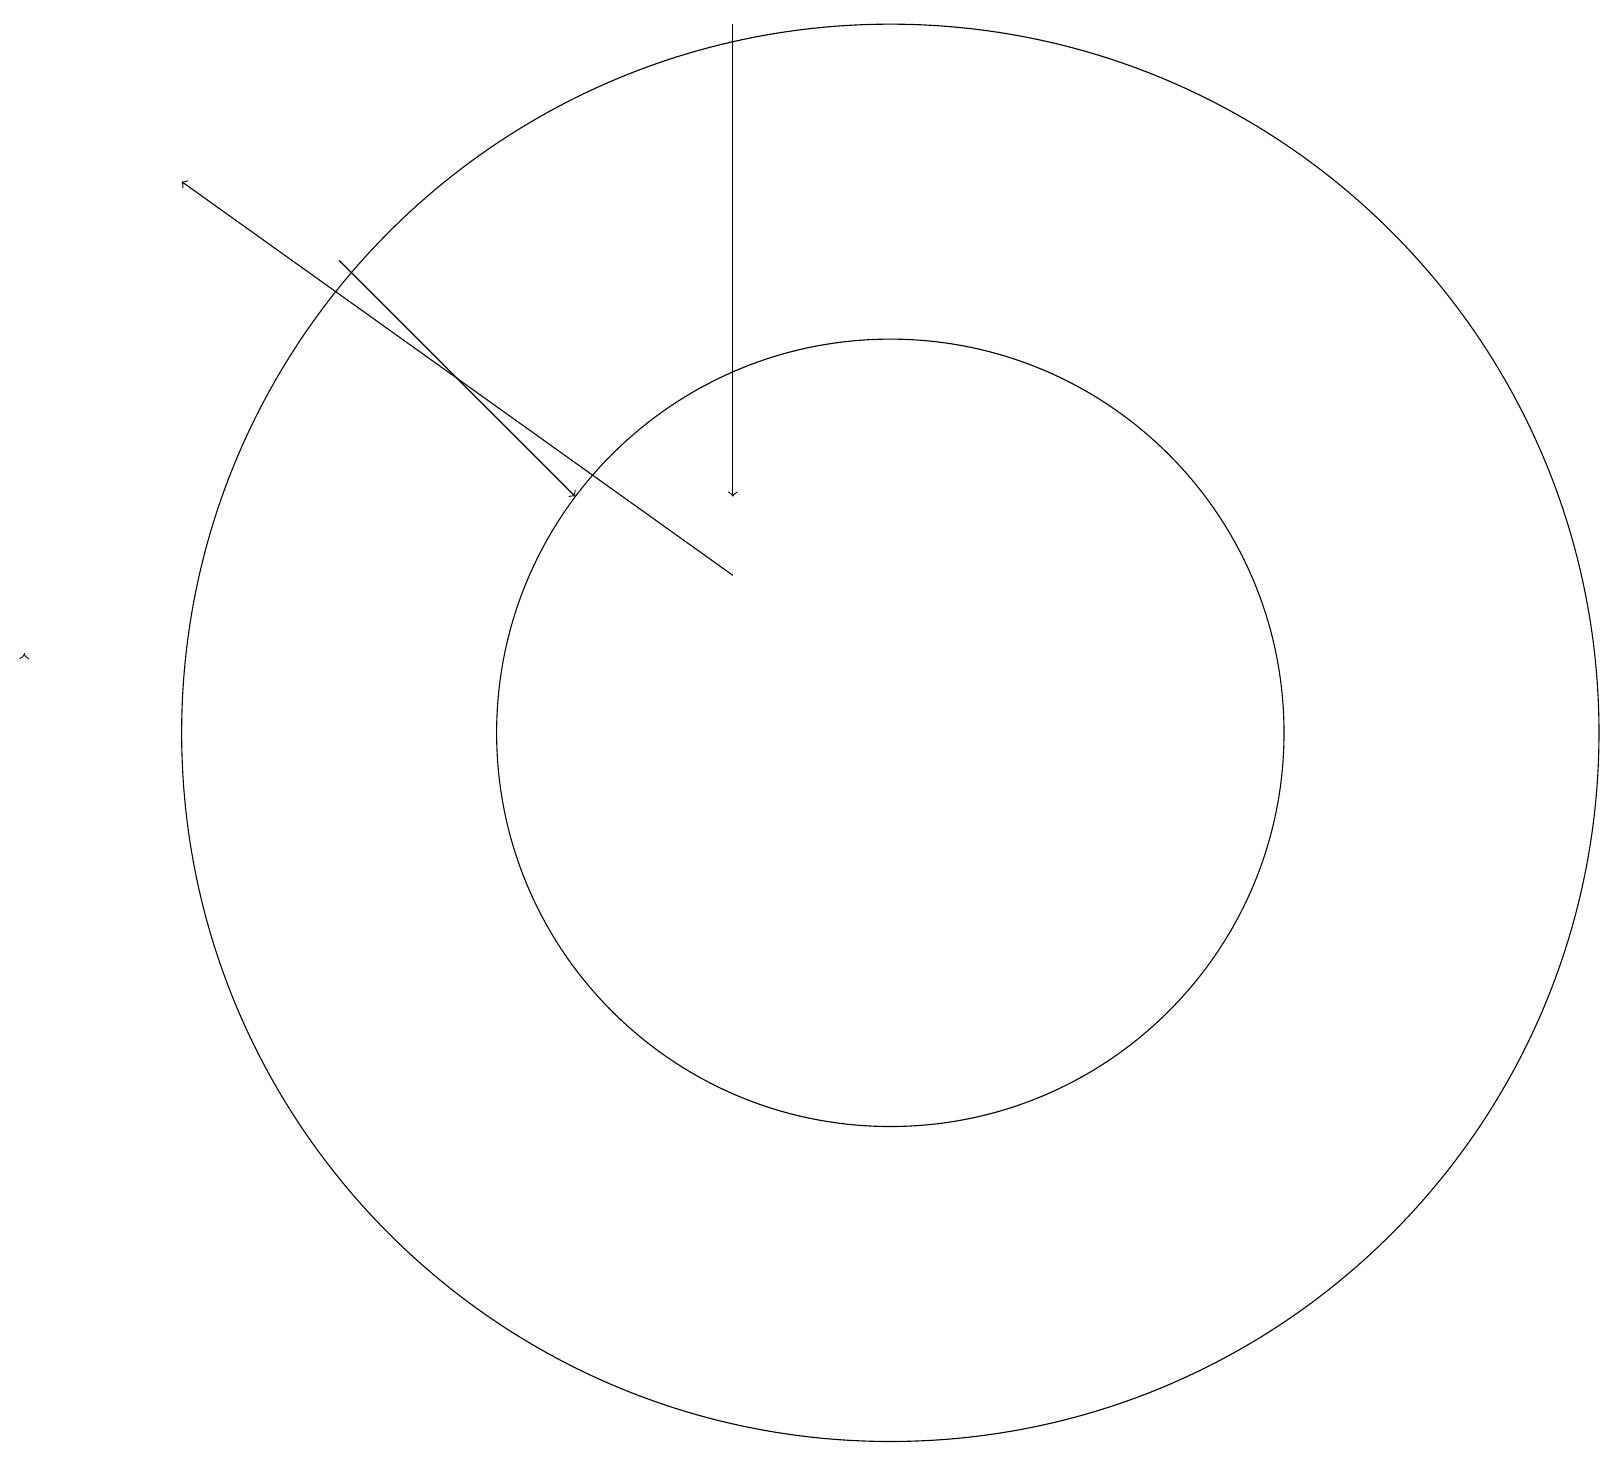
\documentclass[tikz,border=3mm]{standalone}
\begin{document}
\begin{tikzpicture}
\draw (11,10) circle (9);
\draw[->] (4,16) -- (7,13);
\draw (11,10) circle (5);
\draw[->] (9,19) -- (9,13);
\draw[->] (0,11) -- (0,11);
\draw[->] (9,12) -- (2,17);
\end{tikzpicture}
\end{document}